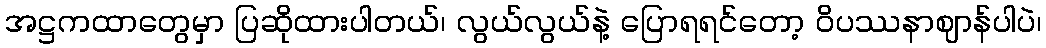
အဋ္ဌကထာတွေမှာ ပြဆိုထားပါတယ်၊ လွယ်လွယ်နဲ့ ပြောရရင်တော့ ဝိပဿနာဈာန်ပါပဲ၊